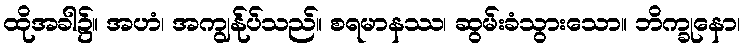
ထိုအခါ၌။ အဟံ၊ အကျွန်ုပ်သည်။ စရမာနဿ၊ ဆွမ်းခံသွားသော။ ဘိက္ခုနော၊